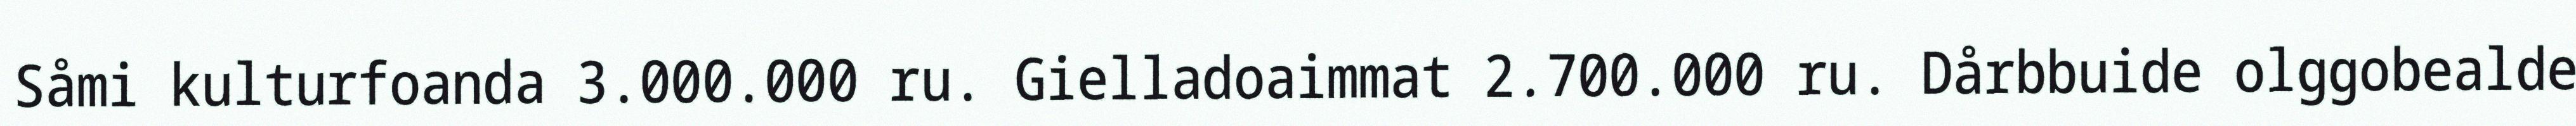
Såmi kulturfoanda 3.000.000 ru. Gielladoaimmat 2.700.000 ru. Dårbbuide olggobealde